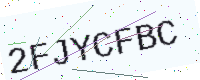
Text: 2FJYCFBC